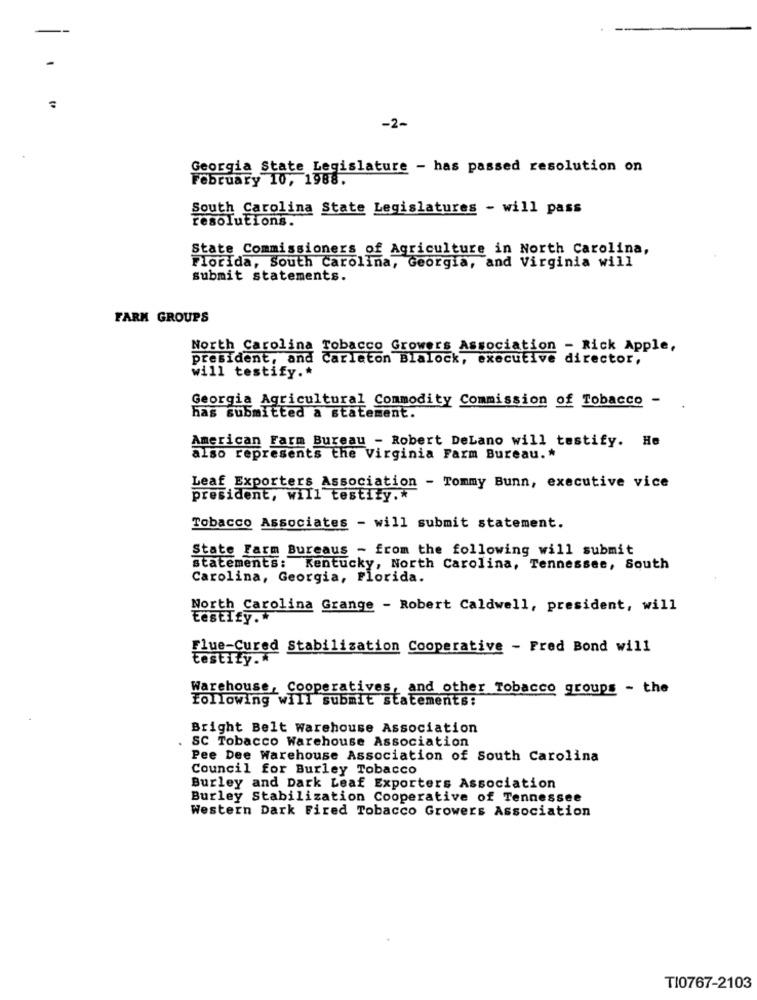
-2-
Georgia State Legislature - has passed resolution on
February 10, 1988.
South Carolina State Legislatures - will pass
resolutions.
State Commissioners of Agriculture in North Carolina,
Florida, South Carolina, Georgia, and Virginia will
submit statements.
FARM GROUPS
North Carolina Tobacco Growers Association - Rick Apple,
president, and carleton Blalock, executive director,
will testify .*
Georgia Agricultural Commodity Commission of Tobacco -
has submitted a statement.
American Farm Bureau - Robert DeLano will testify. He
also represents the Virginia Farm Bureau. *
Leaf Exporters Association - Tommy Bunn, executive vice
president, will testify .*
Tobacco Associates - will submit statement.
State Farm Bureaus - from the following will submit
statements: Kentucky, North Carolina, Tennessee, South
Carolina, Georgia, Florida.
North Carolina Grange - Robert Caldwell, president, will
EestIfy.
Flue-Cured Stabilization Cooperative - Fred Bond will
testify .*
Warehouse, Cooperatives, and other Tobacco groups - the
Following will submit statements:
Bright Belt Warehouse Association
SC Tobacco Warehouse Association
Pee Dee Warehouse Association of South Carolina
Council for Burley Tobacco
Burley and Dark Leaf Exporters Association
Burley Stabilization Cooperative of Tennessee
Western Dark Fired Tobacco Growers Association
TI0767-2103